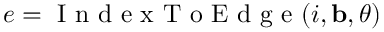
e = \mathrm { ~ I ~ n ~ d ~ e ~ x ~ T ~ o ~ E ~ d ~ g ~ e ~ } ( i , { \bf b } , \theta )